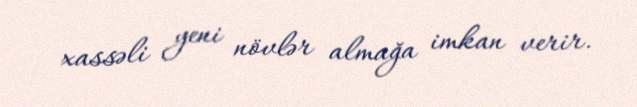
xassəli yeni növlər almağa imkan verir.